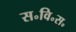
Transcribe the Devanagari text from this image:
स॰वि॰स॰